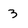
Character: 3